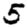
Digit: 5